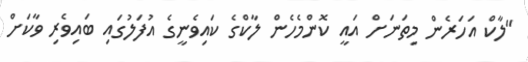
"ލާކް އަހަރެން މިތަނަށް އައީ ކޮންމެހެން ލާކްގެ ކައިވެނީގެ އުފަލުގައި ބައިވެރި ވާކަށް